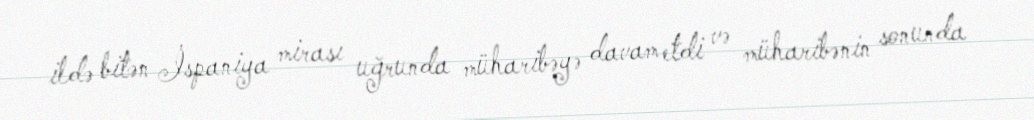
ildə bitən İspaniya mirası uğrunda müharibəyə davam etdi və müharibənin sonunda